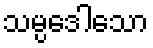
သမ္ပဒေါသော